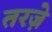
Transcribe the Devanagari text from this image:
तरज़े